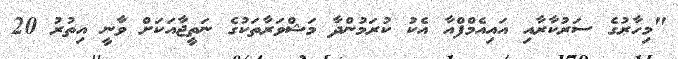
"މިހާރުގެ ސަރުކާރާއި އައިއެމްފްއާ އެކު ކުރަމުންދާ މަޝްވަރާތަކުގެ ނަތީޖާއަކަށް ވާނީ އިތުރު 20